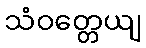
သံဝတ္တေယျ